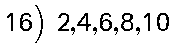
16) 2,4,6,8,10